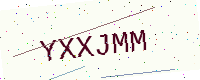
Text: YXXJMM